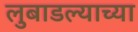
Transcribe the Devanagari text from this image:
लुबाडल्याच्या